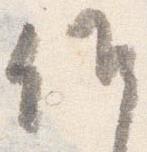
候